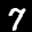
Label: 7